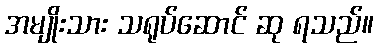
အမျိုးသား သရုပ်ဆောင် ဆု ရသည်။